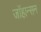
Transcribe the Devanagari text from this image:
जाॅहान्सन